Medical and sanitary report of the native army of Bengal for the year
Year: 1877
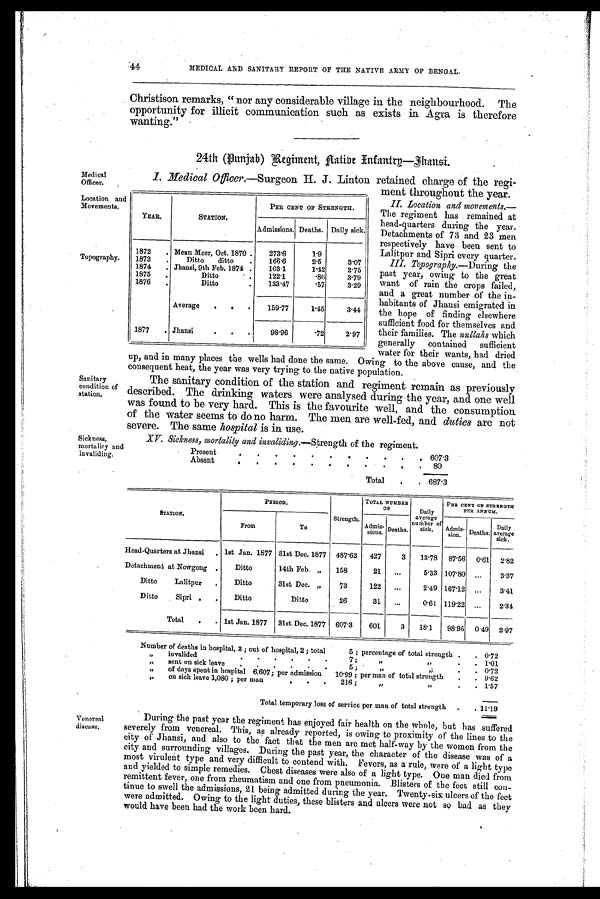
Medical
Officer.
Location and
Movements.
Topography.
Sanitary
condition of
station.
Sickness,
mortality and
invaliding.
44
MEDICAL AND SANITARY REPORT 0F THE NATIVE ARMY OF BENGAL.
Christison remarks, " nor any considerable village in the neighbourhood. The
opportunity for illicit communication such as exists in Agra is therefore
wanting."
24th (Punjab) Regiment, Native Infantry—Jhansi.
I . M e d i c a l O f f i c e r
. —Sur geon H. J. Li nt on r et ai ned char ge of t he r egi -
ment throughout the year.
II. Location and movements.
— T h e r e g i m e n t h a s r e m a i n e d a t
head-quarters during the year.
Detachments of 73 and 23 men
respectively have been sent to
Lalitpur and Sipri every quarter.
III. Topography.—During the
past year, owing to the great
want of rain the crops failed,
and a great number of the in-
habitants of Jhansi emigrated in
the hope of finding elsewhere
sufficient food for themselves and
their families. The nullahs which
generally contained sufficient
water for their wants, had dried
up, and in many places the wells had done the same. Owing to the above cause, and the
consequent heat, the year was very trying to the native population.
The sanitary condition of the station and regiment remain as previously
described. The drinking waters were analysed during the year, and one well
was found to be very hard. This is the favourite well, and the consumption.
of the water seems to do no harm. The men are well-fed, and duties are not
severe. The same hospital is in use.
XV. Sickness, mortality and invaliding.— Strength of the regiment.
Present
.
.
.
.
.
.
. .
. .
. 607.3
Absent
.
. .
.
.
. .
.
.
. .
8 0
Total
.
687.3
YEAR.
STATION.
PER CENT OF STRENGTH.
Admissions. Deaths. Daily sick.
1872
. Mean Meer, Oct. 1870 .
273.6
1.9
1873
.
Ditto
ditto
.
166.6
2.5
3.07
1874
. Jhansi, 9th Feb. 1874 .
103.1
1.42
2.75
1875
.
Ditto
. .
122.1
.86
3.79
1876
.
Ditto
.
133.47
.57
3.29
Average
.
.
.
159.77
1.45
3.44
1877
. Jhansi
.
.
.
98.96
.72
2.97
Venereal
disease.
PERIOD.
S t r e n g t h .
TOTAL NUMBER
O F
Daily
average
number of
sick.
PER CENT OF STRENGTH
PER ANNUM.
S T A T I O N .
From
To
A d m i s s i o n s . Deaths.
A d m i s s i o n . Deaths.
Daily
average
sick.
Head-Quarters at Jhansi . lst Jan. 1877 31st Dec. 1877 487.62 427
3
13.78 87.56 0.61 2.82
Detachment at Nowgong .
Ditto
14th Feb. "
158
21. ...
5.33 107.80
. . . 3.37
Ditto
Lalitpur .
Ditto
31st Dec. "
73
122
. . .
2.49 167.12 ...
3.41
Ditto
Sipri .
.
Ditto
Ditto
26
31 ...
0.61 119.22 ...
2.34
Total
,
. 1st Jan. 1877 31st Dec. 1877 607.3
601
3
18.1
98.96 0 .49 2.97
Number of deaths in hospital, 3 ; out of hospital, 2 ; total
5 ; percentage of total strength .
. 0.72
"
invalided
7 ;
,,
,,
.
. 1.01
"
sent on sick leave
. . . . . .
5 ;
"
.
. 0.72
"
of days spent in hospital 6,607; per admission 10.99 ; per man of total strength
.
. 9.62
"
on sick leave 1,080 ; per man
,
.
.
216 ;
"
.
. 1.57
Total temporary loss of service per man of total strength .
. 11.19
During the past year the regiment has enjoyed fair health on the whole, but has suffered
severel y from venereal . Thi s, as al ready report ed, i s owi ng, t o proxi mi t y of t he l i nes t o t he
city of Jhansi, and also to the fact that the men are met half-way by the women from the
city and surrounding villages. During the past year, the character of the disease was of a
most virulent type and very difficult to contend with. Fevers, as a rule, were of a light type
and yielded to simple remedies. Chest diseases were also of a light type. One man died from
remittent fever, one from rheumatism and one from pneumonia. Blisters of the feet still con-
tinue to swell the admissions, 21 being admitted during the year. Twenty-six ulcers of the feet
were admitted. Owing to the light duties, these blisters and ulcers were not so bad as they
would have been had the work been hard.